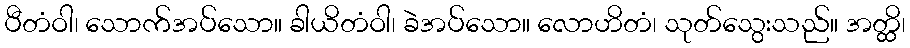
ပီတံဝါ၊ သောက်အပ်သော။ ခါယိတံဝါ၊ ခဲအပ်သော။ လောဟိတံ၊ သုတ်သွေးသည်။ အတ္ထိ၊